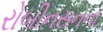
રોબીનસનના